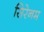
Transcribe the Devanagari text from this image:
सिरेनम